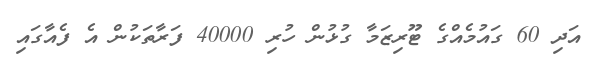
އަދި 60 ގައުމެއްގެ ޓޫރިޒަމާ ގުޅުން ހުރި 40000 ފަރާތަކުން އެ ފެއާގައި